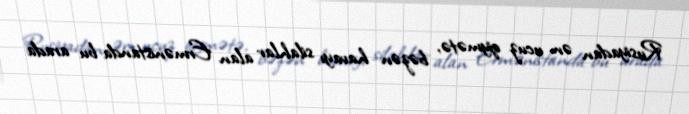
Rusiyadan ən ucuz qiymətə, bəzən havayı silahlar alan Ermənistanda bu arada